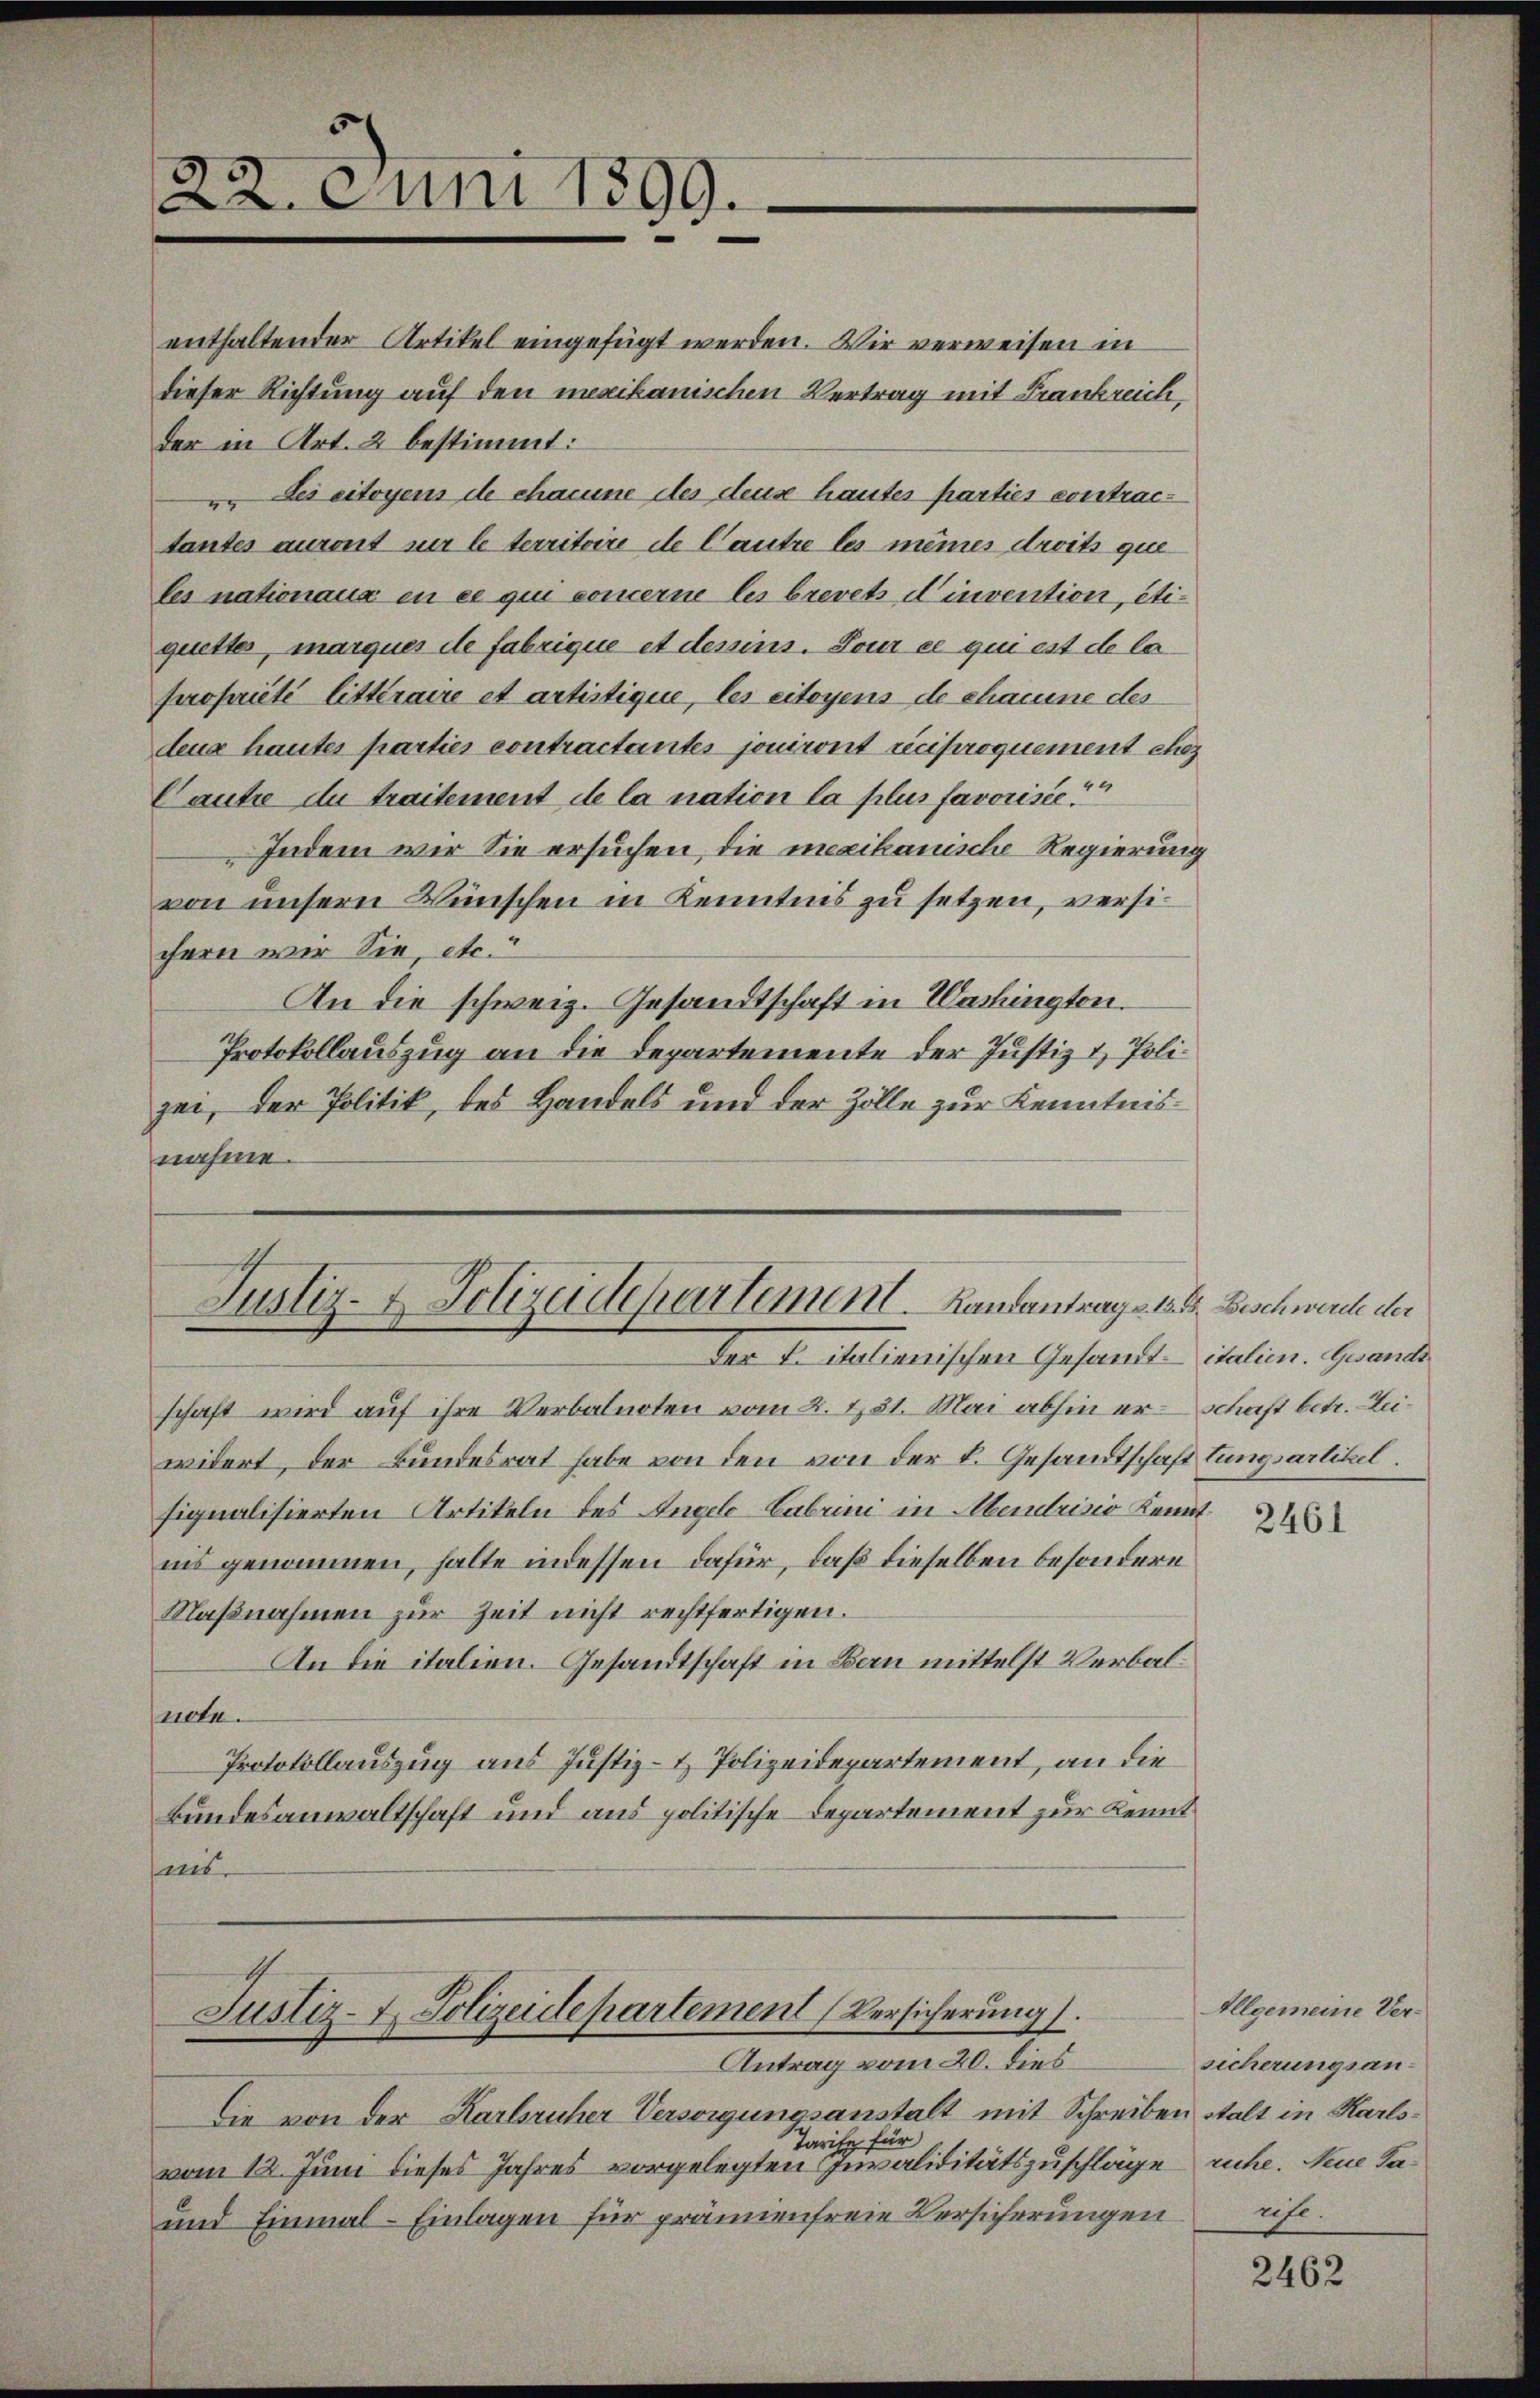
22. Juni 1899.

enthaltender Artikel eingefügt werden. Wir verweisen in
dieser Richtung auf den mexikanischen Vertrag mit Frankreich,
der in Art. 2 bestimmt:
u. Les citoyens de chacune des deuse hautes parties contractantes auront nur le territoire de Cautre les meines droits que
les nationaux en ce qui concerne les brevets invention, etiquettes, marques de fabrique et dessins. Lour ce qui est de la
propriété litteraire et artistique, les citoyens de chaume des
dena hauter parties contractantes jouiront reciproquement chez
Caute de traitement de la nation la plus favorisée.“
Indem wir Sie ersuchen, die mexikanische Regierung
von unsern Wünschen in Kenntnis zu setzen, versichern wir Sie, etc.
An die schweiz. Gesandtschaft in Washingten.
Protokollauszug an die Departemente der Justiz & Polizei, der Politik, des Handels und der Zolle zur Kenntnisnahme.

Justiz- & Polizeidepartement. Landantrag v. 18. d. Beschwerde der
Der 1. Julianischen Gesandt italien. Gewande

schaft wird auf ihre Verbalnoten vom 2. Not. Mai abhin er - schaft betr. Leiwidert, der Bundesrat habe von den von der L. Gesandtschaft tungsartikel.
signalisierten Artikeln des Angele-Cabrini in Mendrisio Kenntnis genommen, halte indessen dafür, daß dieselben besondere
Maßnahmen zur Zeit nicht rechtfertigen.
An die italien. Gesandtschaft in Bern mittelst Verbalnete.
Protokollauszug aus Justiz- & Polizeidepartement, an die
Bundesanwaltschaft und aus politische Departement zur Kennt
is.

Justiz- & Polizeidepartement (Versicherung.
Antrag vom 20. dies

Die von der Karlsruher Versorgungsanstalt mit Schreiben stalt in Karls¬
Tarife für
vom 12. Juni dieses Jahres vorgelegten Juvaliditätszuschläge ruhe. Neue Ta¬
und Einmal - Einlagen für prämienfreie Versicherungen

2461

Allgemeine Versicherungsanuhe.

2462